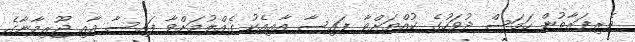
ވެރިފަރާތުން ހަމަސް ދުވަހުގެ ކުއްޔަށްވާ ފައިސާ އާއިއެކު ގެއްލުމަށްވާ ފައިސާ އާއި ޖޫރިމާނާގެ